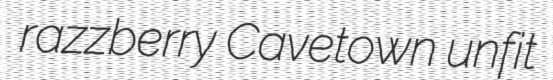
razzberry Cavetown unfit